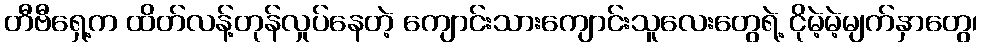
တီဗီရှေ့က ထိတ်လန့်တုန်လှုပ်နေတဲ့ ကျောင်းသားကျောင်းသူလေးတွေရဲ့ ငိုမဲ့မဲ့မျက်နှာတွေ၊